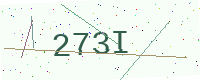
Text: 273I